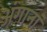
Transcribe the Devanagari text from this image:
अंगानां